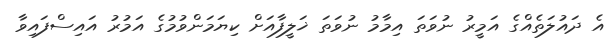
އެ ދައުލަތެއްގެ އަމީރު ނުވަތަ އިމާމު ނުވަތަ ޚަލީފާއަށް ކިޔަމަންވުމުގެ އަމުރު އައިސްފައިވާ